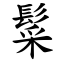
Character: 䰂